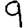
Digit: 9